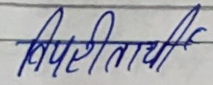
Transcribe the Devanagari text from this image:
विपरीतार्थी